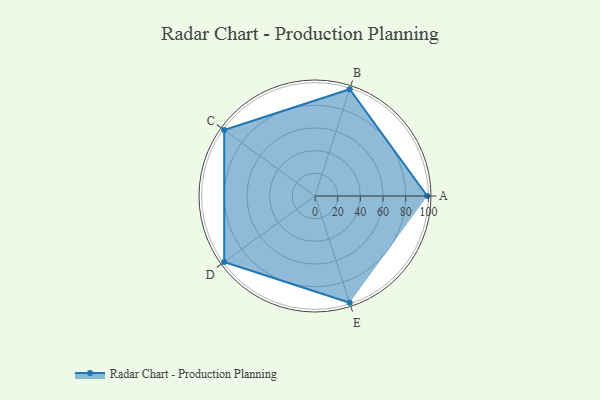
{"axis": {"x": "Skill", "y": "Score"}, "legend": ["Profile"], "data": [{"x": "A", "y": 99, "type": "Profile"}, {"x": "B", "y": 99, "type": "Profile"}, {"x": "C", "y": 99, "type": "Profile"}, {"x": "D", "y": 99, "type": "Profile"}, {"x": "E", "y": 99, "type": "Profile"}]}